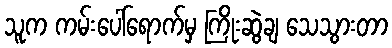
သူက ကမ်းပေါ်ရောက်မှ ကြိုးဆွဲချ သေသွားတာ